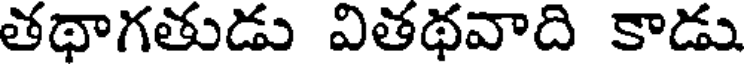
తథాగతుడు వితథవాది కాడు